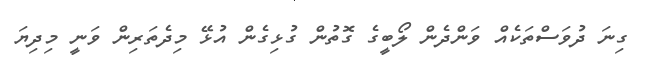
ގިނަ ދުވަސްތަކެއް ވަންދެން ލޯބީގެ ގޮތުން ގުޅިގެން އުޅޭ މިދެތަރިން ވަނީ މިދިޔަ